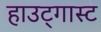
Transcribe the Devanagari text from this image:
हाउट्गास्ट